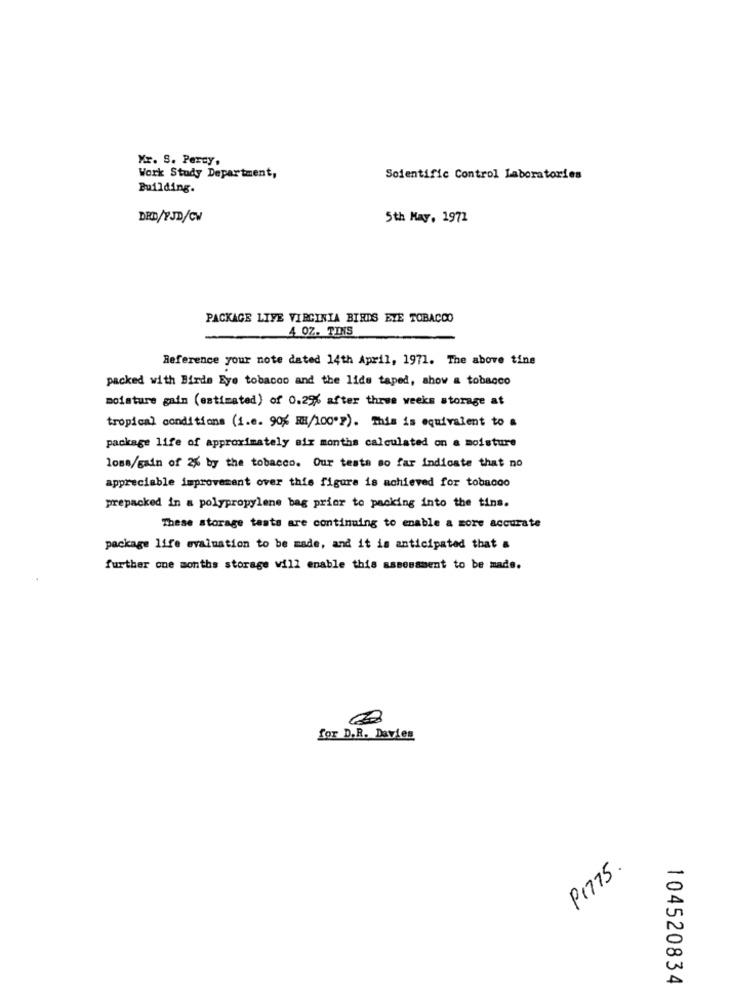
Mr. S. Percy,
Work Study Department,
Scientific Control Laboratories
Building.
DRD/PJD/CW
5th May, 1971
PACKAGE LIVE VIRGINIA BIRDS EYE TOBACCO
4 OZ. TINS
Reference your note dated 14th April, 1971. The above tine
packed with Birds Eye tobacco and the lids taped, show a tobacco
moisture gaim (estimated) of 0.25% after three weeks storage at
tropical conditions (i.e. 90% RH/100"?). This is equivalent to a
package life of approximately six months calculated on a moisture
loss/gain of 26 by the tobacco. Our testa so far indicate that no
appreciable improvement over this figure is achieved for tobacco
prepacked in a polypropylene bag prior to packing into the tins.
These storage tests are continuing to enable a more accurate
package life evaluation to be made, and it is anticipated that &
further one months storage will enable this assessment to be made.
for D.R. Davies
P1775.
104520834